Vaccination report Assam 1874-1896 - 1874-1896
Year: 1874
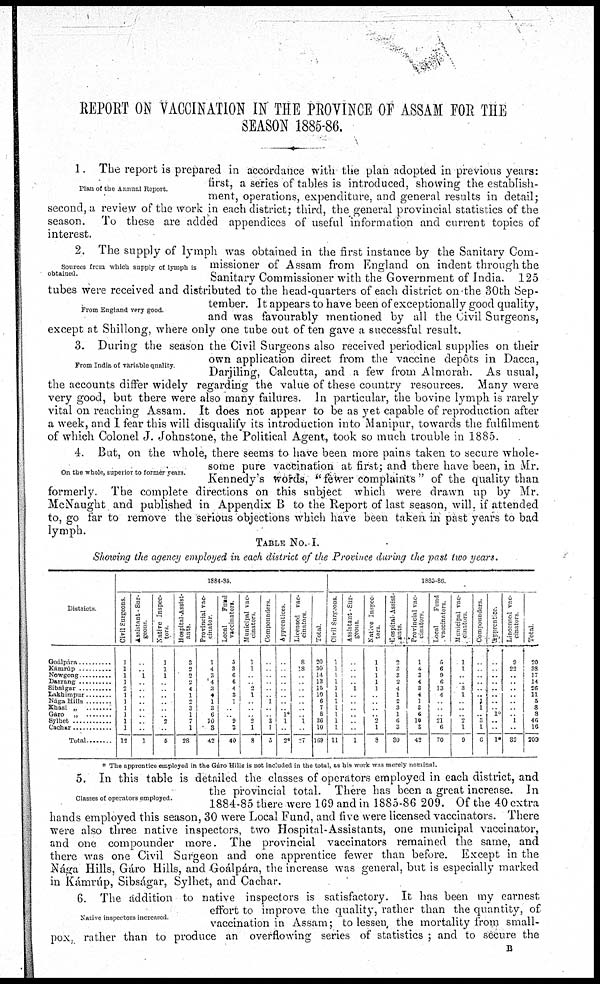
REPORT ON VACCINATION IN THE PROVINCE OF ASSAM FOR THE
SEASON 1885-86.
Plan of the Annual Report.
1. The report is prepared in accordance with the plan adopted in previous years:
first, a series of tables is introduced, showing the establish-
ment, operations, expenditure, and general results in detail;
second, a review of the work in each district; third, the general provincial statistics of the
season. To these are added appendices of useful information and current topics of
interest.
Sources from which supply of lymph is
obtained.
From England very good.
2. The supply of lymph was obtained in the first instance by the Sanitary Com-
missioner of Assam from England on indent through the
Sanitary Commissioner with the Government of India. 125
tubes were received and distributed to the head-quarters of each district on the 30th Sep-
tember. It appears to have been of exceptionally good quality,
and was favourably mentioned by all the Civil Surgeons,
except at Shillong, where only one tube out often gave a successful result.
From India of variable quality
3. During the season the Civil Surgeons also received periodical supplies on their
own application direct from the vaccine depôts in Dacca,
Darjiling, Calcutta, and a few from Almorah. As usual,
the accounts differ widely regarding the value of these country resources. Many were
very good, but there were also many failures. In particular, the bovine lymph is rarely
vital on reaching Assam. It does not appear to be as yet capable of reproduction after
a week, and I fear this will disqualify its introduction into Manipur, towards the fulfilment
of which Colonel J. Johnstone, the Political Agent, took so much trouble in 1885.
On the whole, superior to former years.
4. But, on the whole, there seems to have been more pains taken to secure whole-
some pure vaccination at first; and there have been, in Mr.
Kennedy's words, " fewer complaints " of the quality than
formerly. The complete directions on this subject which were drawn up by Mr.
McNaught and published in Appendix B to the Report of last season, will, if attended
to, go far to remove the serious objections which have been taken in past years to bad
lymph.
TABLE No. I.
Showing the agency employed in each district of the Province during the past two years.
Districts
Goalapara ..............
Kámrúp ..............
Nowgong ............
Darrang ............
Sibságar ............
Lakhimpur .........
Nága Hills
Khási „ .........
Gáro „ ...........
Sylhet ...............
Cachar .............
Total .........
1884-S5
Civil Surgeons
1
1
1
1 2
1
1
1
1
1
1
12
Assistant-Sur-
geons
..
.. 1
..
..
.. ..
..
..
.. ..
1
Native Inspec-
tors
1
1
1
..
..
..
..
..
.. 2
..
5
Hospital-Assist-
ants
3
2
2
2
4
1
2
3
1
7
1
28
Provincial vac-
cinator
1
4
3
4
3
4
1
3
6
10
3
42
Local
Fund
vaccinators
5
3
« 6
4
3
1
..
.. 9
3
40
Municipal vac-
cinators
1
1
..
.. 2
1
..
..
.. 2
1
8
Compounders
..
..
..
..
..
.. 1
..
.. 3
1
5
Apprentices
..
..
..
..
..
..
..
.. 1*
1
..
2*
Licensed vac-
cinators
8
18
..
..
..
..
..
..
.. 1
..
27
Total
20
30
14
13
15
10
6
7
8
36
10
169
1385-86
Civil Surgeons
1
1
1
1
1
1
1
1
1
1
1
11
Assistant-Sur-
geons
..
..
..
.. 1
..
..
..
..
..
..
1
Native Inspec-
tors
1
1
1
1
..1
..
..
..
.. 2
1
8
Hospital-Assist-
ants
2
2
3
2
4
1
2
3
1
6
3
30
Provincial vac-
cinators
1
4
3
4
3 4
1
3
6
10
3
42
Local
Fund
vaccinators
5
6
9 6
13
4
..
..
.. 21
6
70
Municipal vac-
cinators
1
1
..
.. 3
1
..
..
.. 2
1
9
Compounders
..
..
..
..
..
.. 1
1
.. 3
1
6
Appientice
..
..
..
..
..
..
..
.. 1*
..
..
1*
Lincensed vac¬
cinators
9
22
..
..
..
..
..
..
.. 1
..
32
Total
20
38
17
14
26
11
5
8
3
46
16
209
* The apprentice employed in the Garo Hills is not included in the total, as his work was merely nominal.
Classes of operators employed.
5. In this table is detailed the classes of operators employed in each district, and
the provincial total. There has been a great increase. In
1884-85 there were 169 and in 1885-86 209. Of the 40 extra
hands employed this season, 30 were Local Fund, and five were licensed vaccinators. There
were also three native inspectors, two Hospital-Assistants, one municipal vaccinator,
and one compounder more. The provincial vaccinators remained the same, and
there was one Civil Surgeon and one apprentice fewer than before. Except in the
Nága Hills, Gáro Hills, and Goálpára, the increase was general, but is especially marked
in Kámrúp, Sibságar, Sylhet, and Cachar.
Native inspectors increased
6. The addition to native inspectors is satisfactory. It has been my earnest
effort to improve the quality, rather than the quantity, of
vaccination in Assam; to lessen the mortality from small-
pox, rather than to produce an overflowing series of statistics ; and to secure the
B